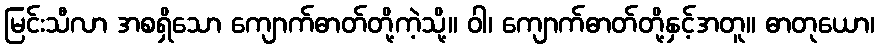
မြင်းသီလာ အစရှိသော ကျောက်ဓာတ်တို့ကဲ့သို့။ ဝါ၊ ကျောက်ဓာတ်တို့နှင့်အတူ။ ဓာတုယော၊